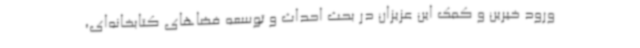
ورود خیرین و کمک این عزیزان در بحث احداث و توسعه فضاهای کتابخانه‌ای،